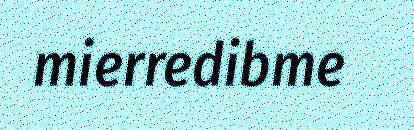
mierredibme